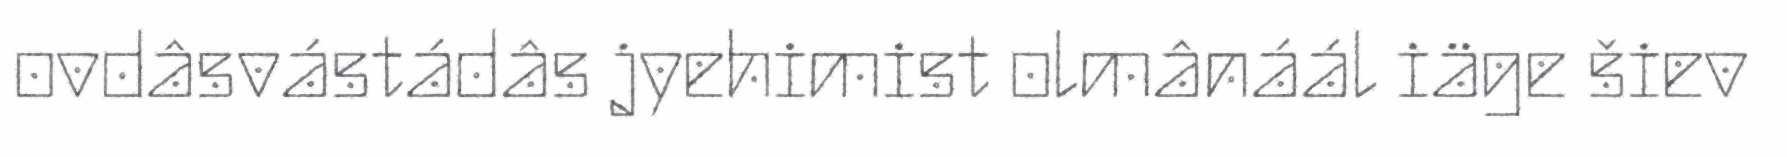
ovdâsvástádâs jyehimist olmânáál iäge šiev